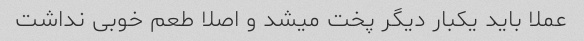
عملا باید یکبار دیگر پخت میشد و اصلا طعم خوبی نداشت